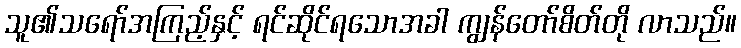
သူ၏သရော်အကြည့်နှင့် ရင်ဆိုင်ရသောအခါ ကျွန်တော်စိတ်တို လာသည်။